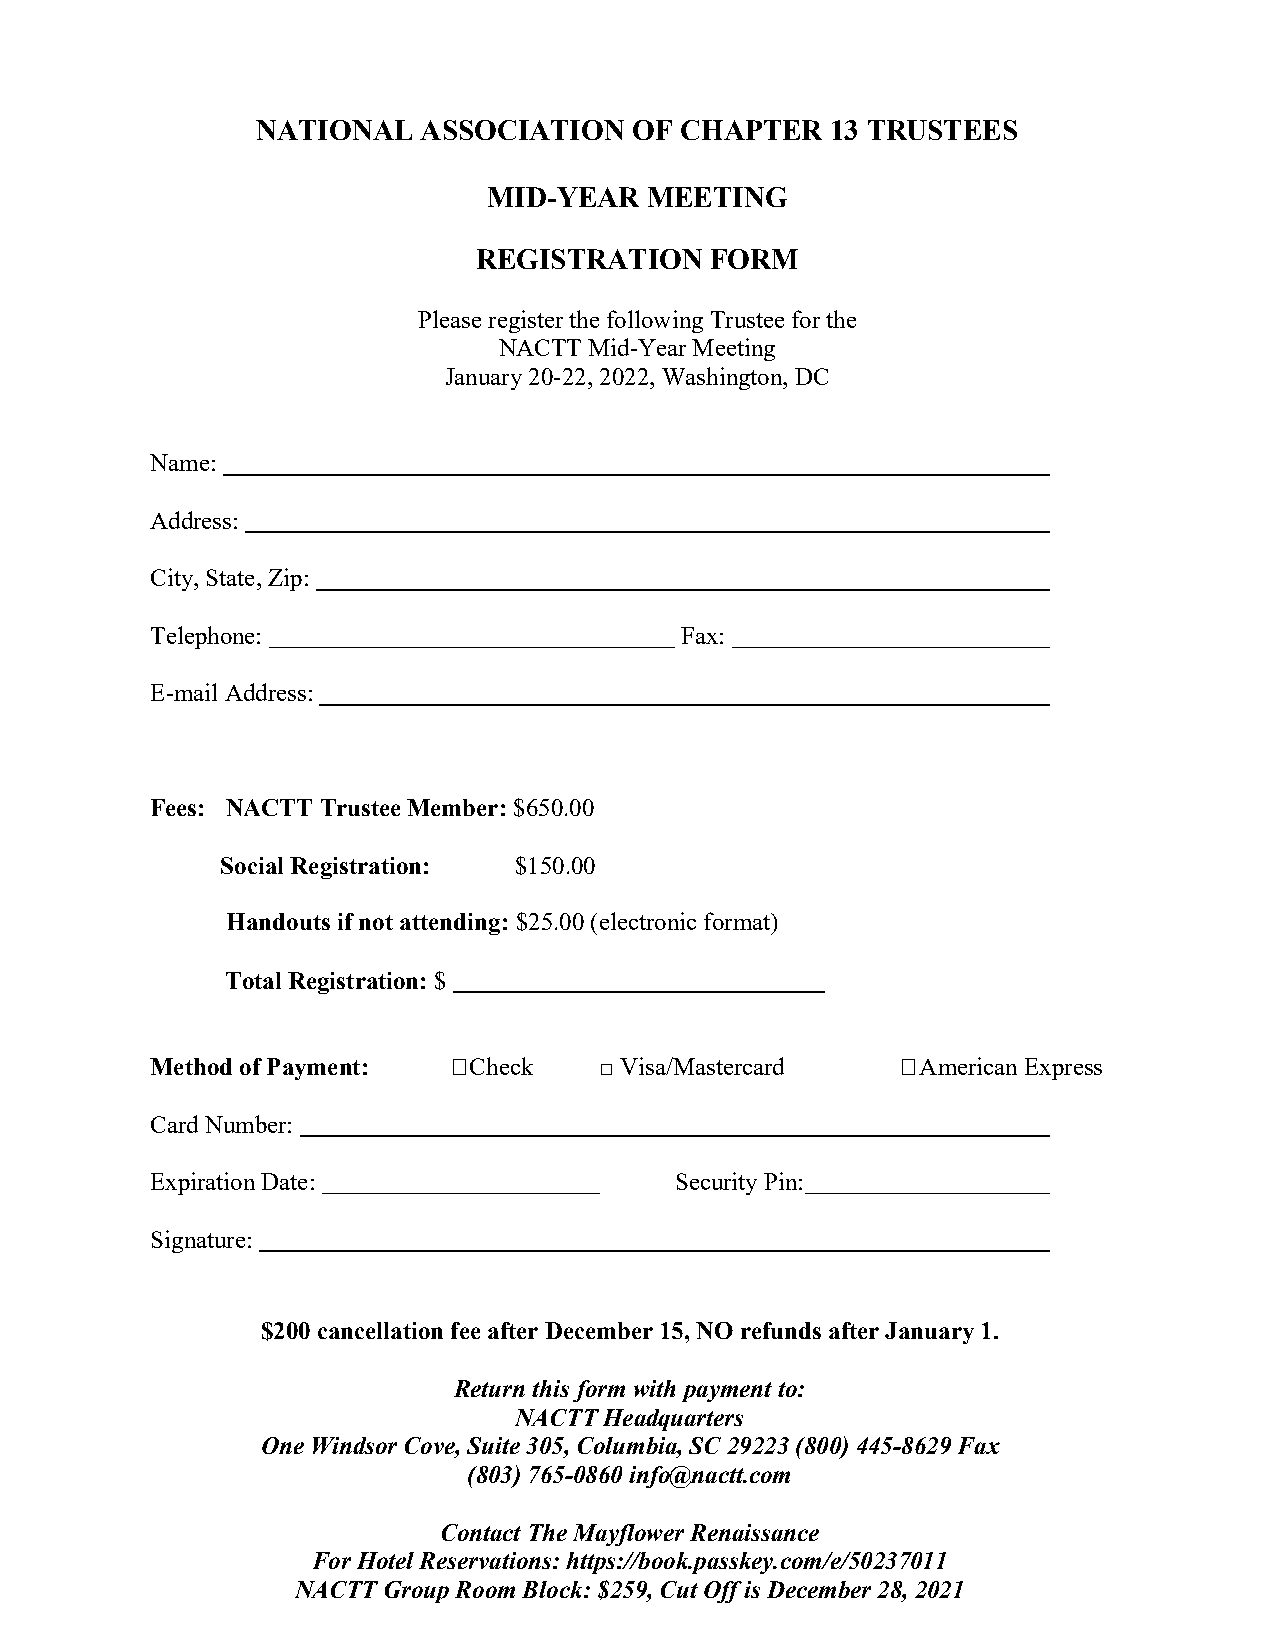
NATIONAL   ASSOCIATION   OF CHAPTER   13 TRUSTEES
 MID-YEAR   MEETING
 REGISTRATION    FORM
 Please register the following Trustee for the
 NACTT Mid-Year Meeting
 January 20-22, 2022, Washington, DC
 Name:
 Address:
 City, State, Zip:
 Telephone:                         Fax:
 E-mail Address:
 Fees: NACTT Trustee Member: $650.00
 Social Registration: $150.00
 Handouts if not attending: $25.00 (electronic format)
 Total Registration: $
 Method of Payment:  Check    □Visa/Mastercard    American Express
 Card Number:
 Expiration Date:                   Security Pin:
 Signature:
 $200 cancellation fee after December 15, NO refunds after January 1.
 Return this form with payment to:
 NACTT Headquarters
 One Windsor Cove, Suite 305, Columbia, SC 29223 (800) 445-8629 Fax
 (803)765-0860 info@nactt.com
 Contact The Mayflower Renaissance
 For Hotel Reservations: https://book.passkey.com/e/50237011
 NACTT Group Room Block: $259, Cut Off is December 28, 2021